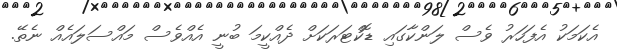
އެކަމަކު އެފަހަރު ވެސް ލަންކާގައި ޑޮކްޓަރަކަށް ދެއްކީމަ ބުނީ އެއްވެސް މައްސަލައެއް ނެތޭ.